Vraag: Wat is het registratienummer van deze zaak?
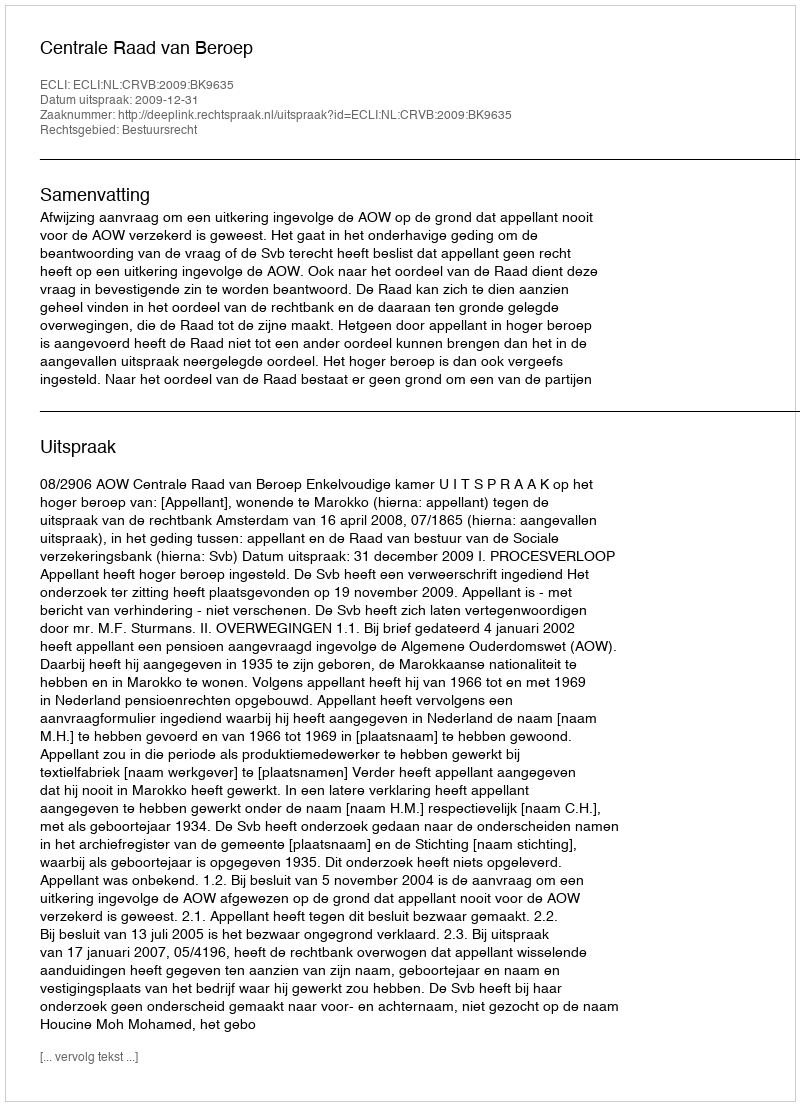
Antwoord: http://deeplink.rechtspraak.nl/uitspraak?id=ECLI:NL:CRVB:2009:BK9635